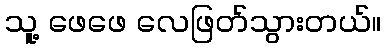
သူ့ ဖေဖေ လေဖြတ်သွားတယ်။